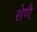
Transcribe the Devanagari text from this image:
शेणै